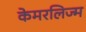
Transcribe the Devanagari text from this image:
केमरलिज्म